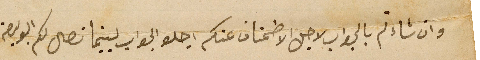
وان شاءتم بالجواب لاجل الاطمنان عنكم اجلو الجواب لبينما تصل لكم البوليصة